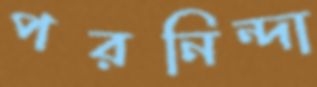
পরনিন্দা